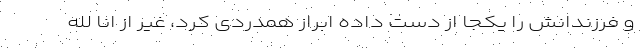
و فرزندانش را یکجا از دست داده ابراز همدردی کرد، غیر از انا لِلَّهِ